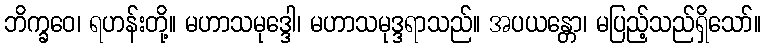
ဘိက္ခဝေ၊ ရဟန်းတို့။ မဟာသမုဒ္ဒေါ၊ မဟာသမုဒ္ဒရာသည်။ အပယန္တော၊ မပြည့်သည်ရှိသော်။